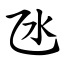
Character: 氹